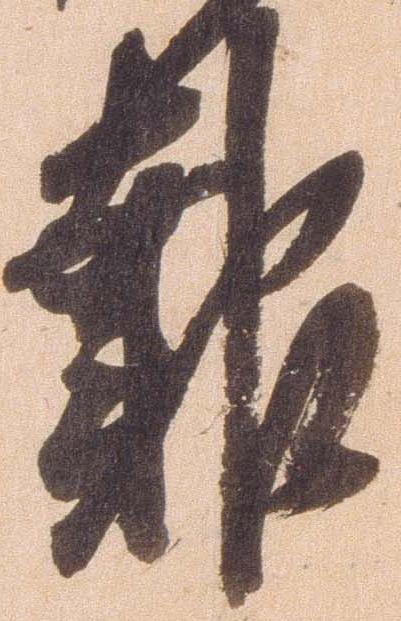
報